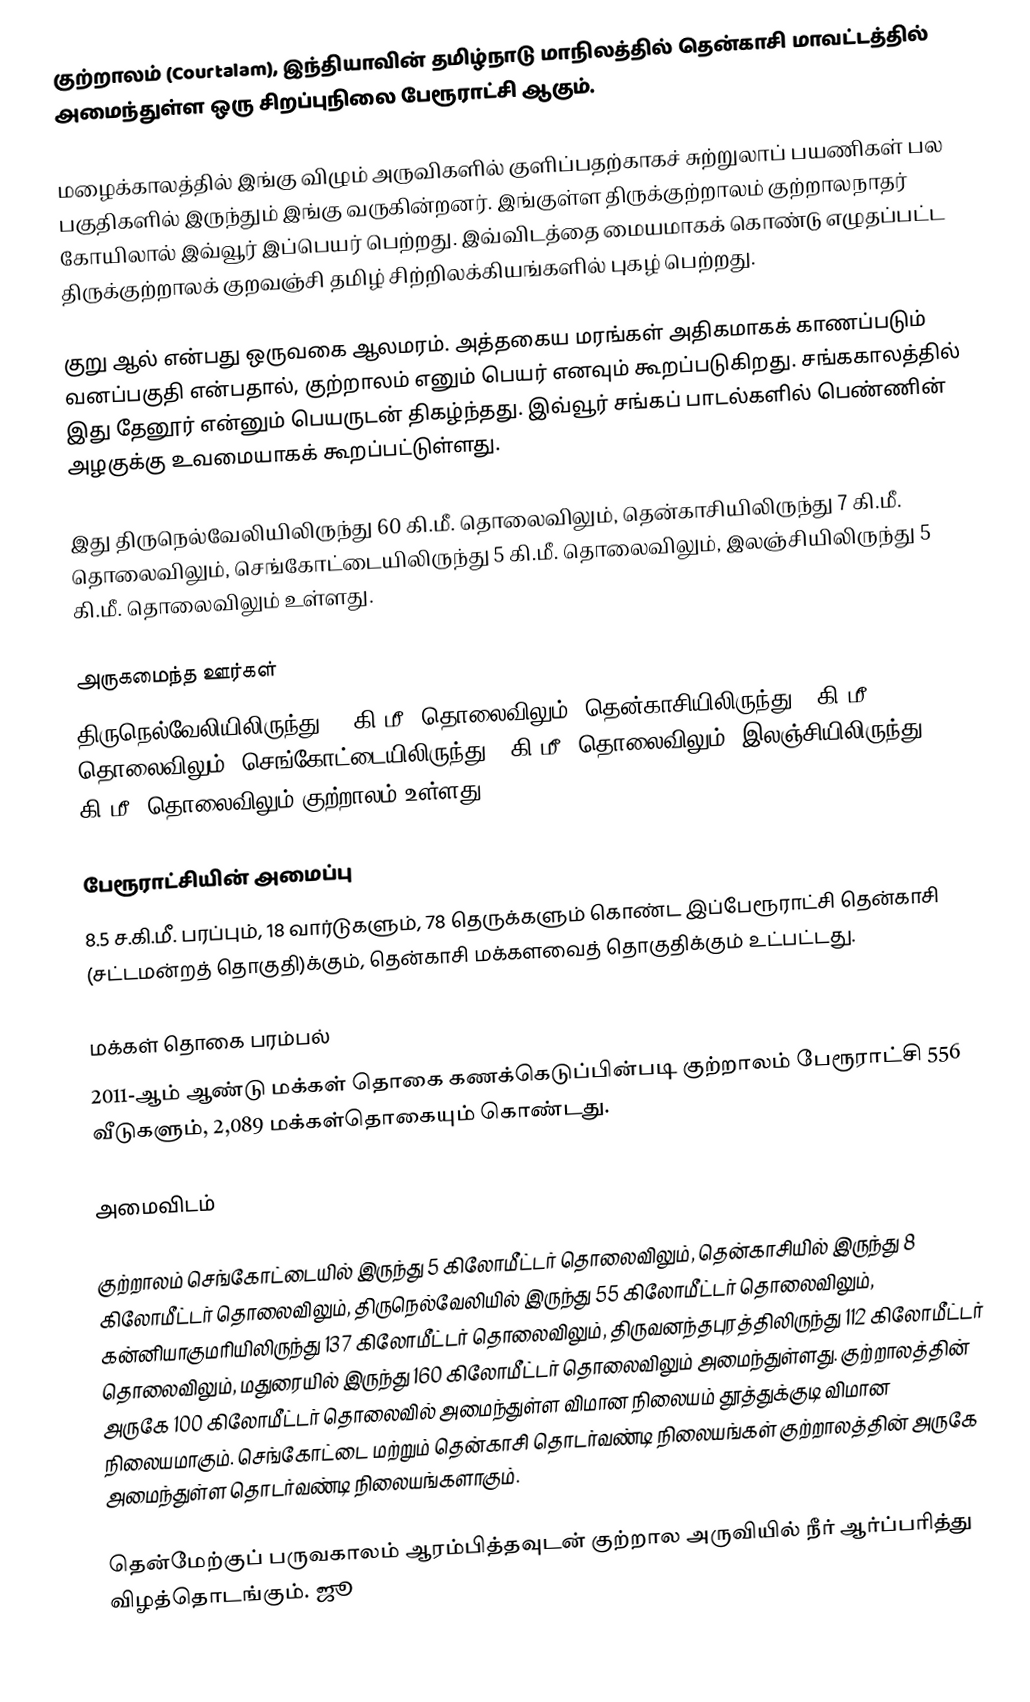
குற்றாலம் (Courtalam), இந்தியாவின் தமிழ்நாடு மாநிலத்தில் தென்காசி மாவட்டத்தில் அமைந்துள்ள ஒரு சிறப்புநிலை பேரூராட்சி ஆகும்.

மழைக்காலத்தில் இங்கு விழும் அருவிகளில் குளிப்பதற்காகச் சுற்றுலாப் பயணிகள் பல பகுதிகளில் இருந்தும் இங்கு வருகின்றனர். இங்குள்ள திருக்குற்றாலம் குற்றாலநாதர் கோயிலால் இவ்வூர் இப்பெயர் பெற்றது. இவ்விடத்தை மையமாகக் கொண்டு எழுதப்பட்ட திருக்குற்றாலக் குறவஞ்சி தமிழ் சிற்றிலக்கியங்களில் புகழ் பெற்றது.

குறு ஆல் என்பது ஒருவகை ஆலமரம். அத்தகைய மரங்கள் அதிகமாகக் காணப்படும் வனப்பகுதி என்பதால், குற்றாலம் எனும் பெயர் எனவும் கூறப்படுகிறது. சங்ககாலத்தில் இது தேனூர் என்னும் பெயருடன் திகழ்ந்தது. இவ்வூர் சங்கப் பாடல்களில் பெண்ணின் அழகுக்கு உவமையாகக் கூறப்பட்டுள்ளது.

இது திருநெல்வேலியிலிருந்து 60 கி.மீ. தொலைவிலும், தென்காசியிலிருந்து 7 கி.மீ. தொலைவிலும், செங்கோட்டையிலிருந்து 5 கி.மீ. தொலைவிலும், இலஞ்சியிலிருந்து 5 கி.மீ. தொலைவிலும் உள்ளது.

அருகமைந்த ஊர்கள்
திருநெல்வேலியிலிருந்து 60 கி.மீ. தொலைவிலும், தென்காசியிலிருந்து 7 கி.மீ. தொலைவிலும், செங்கோட்டையிலிருந்து 5 கி.மீ. தொலைவிலும், இலஞ்சியிலிருந்து 5 கி.மீ. தொலைவிலும் குற்றாலம் உள்ளது.

பேரூராட்சியின் அமைப்பு
8.5 ச.கி.மீ. பரப்பும், 18 வார்டுகளும், 78 தெருக்களும் கொண்ட இப்பேரூராட்சி தென்காசி (சட்டமன்றத் தொகுதி)க்கும், தென்காசி மக்களவைத் தொகுதிக்கும் உட்பட்டது.

மக்கள் தொகை பரம்பல்
2011-ஆம் ஆண்டு மக்கள் தொகை கணக்கெடுப்பின்படி குற்றாலம் பேரூராட்சி 556 வீடுகளும், 2,089 மக்கள்தொகையும் கொண்டது.

அமைவிடம்

குற்றாலம் செங்கோட்டையில் இருந்து 5 கிலோமீட்டர் தொலைவிலும், தென்காசியில் இருந்து 8 கிலோமீட்டர் தொலைவிலும், திருநெல்வேலியில் இருந்து 55 கிலோமீட்டர் தொலைவிலும், கன்னியாகுமரியிலிருந்து 137 கிலோமீட்டர் தொலைவிலும், திருவனந்தபுரத்திலிருந்து 112 கிலோமீட்டர் தொலைவிலும், மதுரையில் இருந்து 160 கிலோமீட்டர் தொலைவிலும் அமைந்துள்ளது. குற்றாலத்தின் அருகே 100 கிலோமீட்டர் தொலைவில் அமைந்துள்ள விமான நிலையம் தூத்துக்குடி விமான நிலையமாகும்.  செங்கோட்டை மற்றும் தென்காசி தொடர்வண்டி நிலையங்கள் குற்றாலத்தின் அருகே அமைந்துள்ள தொடர்வண்டி நிலையங்களாகும்.

தென்மேற்குப் பருவகாலம் ஆரம்பித்தவுடன் குற்றால அருவியில் நீர் ஆர்ப்பரித்து விழத்தொடங்கும். ஜூ